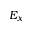
E _ { x }